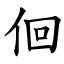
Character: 佪